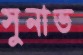
সুনাভ